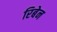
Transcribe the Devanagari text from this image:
रिबेन